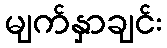
မျက်နှာချင်း